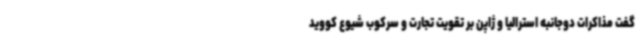
گفت مذاکرات دوجانبه استرالیا و ژاپن بر تقویت تجارت و سرکوب شیوع کووید